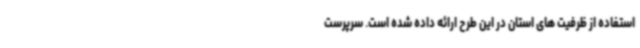
استفاده از ظرفیت های استان در این طرح ارائه داده شده است. سرپرست